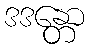
ဒဒန္တော